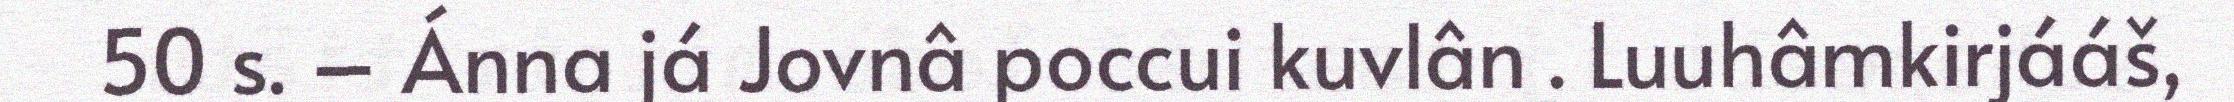
50 s. – Ánna já Jovnâ poccui kuvlân . Luuhâmkirjááš,